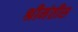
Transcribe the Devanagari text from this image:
श्रीमंतीस